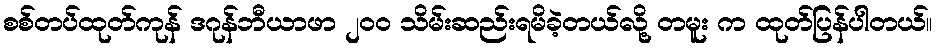
စစ်တပ်ထုတ်ကုန် ဒဂုန်ဘီယာဖာ ၂၀၀ သိမ်းဆည်းရမိခဲ့တယ်လို့ တမူး က ထုတ်ပြန်ပါတယ်။